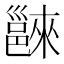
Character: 𨝖